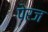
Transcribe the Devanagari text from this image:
पेरज